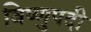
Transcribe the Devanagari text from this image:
विष्णुपदी